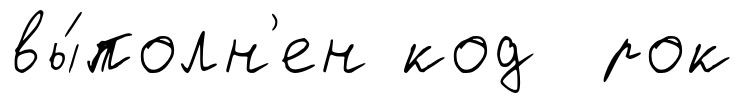
вы́полн'ен код рок